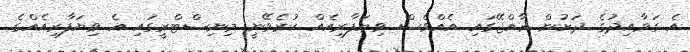
އެ ގަވާއިދުގެ ދަށުން ރާއްޖޭގައި އެއްވެސް ވިޔަފާރިއެއް ކުރެވޭނީ މިނިސްޓްރީގައި އެ ވިޔަފާރިއެއްގެ